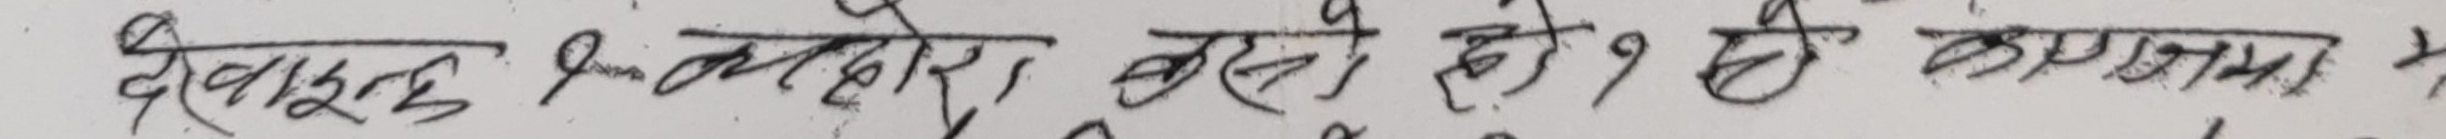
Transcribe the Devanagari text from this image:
देहरादून झल्लरो बस्ने हो ? यो कसममा ?